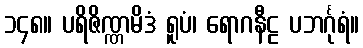
၁၄၈။ ပရိဇိဏ္ဏမိဒံ ရူပံ၊ ရောဂနီဠ ပဘင်္ဂုရံ။